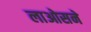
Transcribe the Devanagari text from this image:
लाओसने